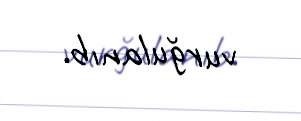
vurğulanıb.